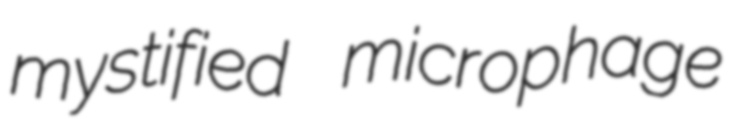
mystified microphage